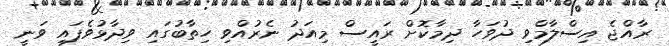
ރާއްޖެ އިސްލާމްވި ދުވަހާ ދިމާކޮށް ރައީސް މިއަދު ނެރުއްވި ހިތާބުގައި ވިދާޅުވެފައި ވަނީ